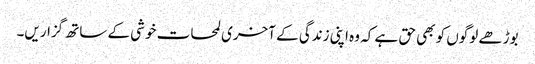
بوڑھے لوگوں کو بھی حق ہے کہ وہ اپنی زندگی کے آخری لمحات خوشی کے ساتھ گزاریں۔